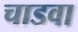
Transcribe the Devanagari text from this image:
चाडवा